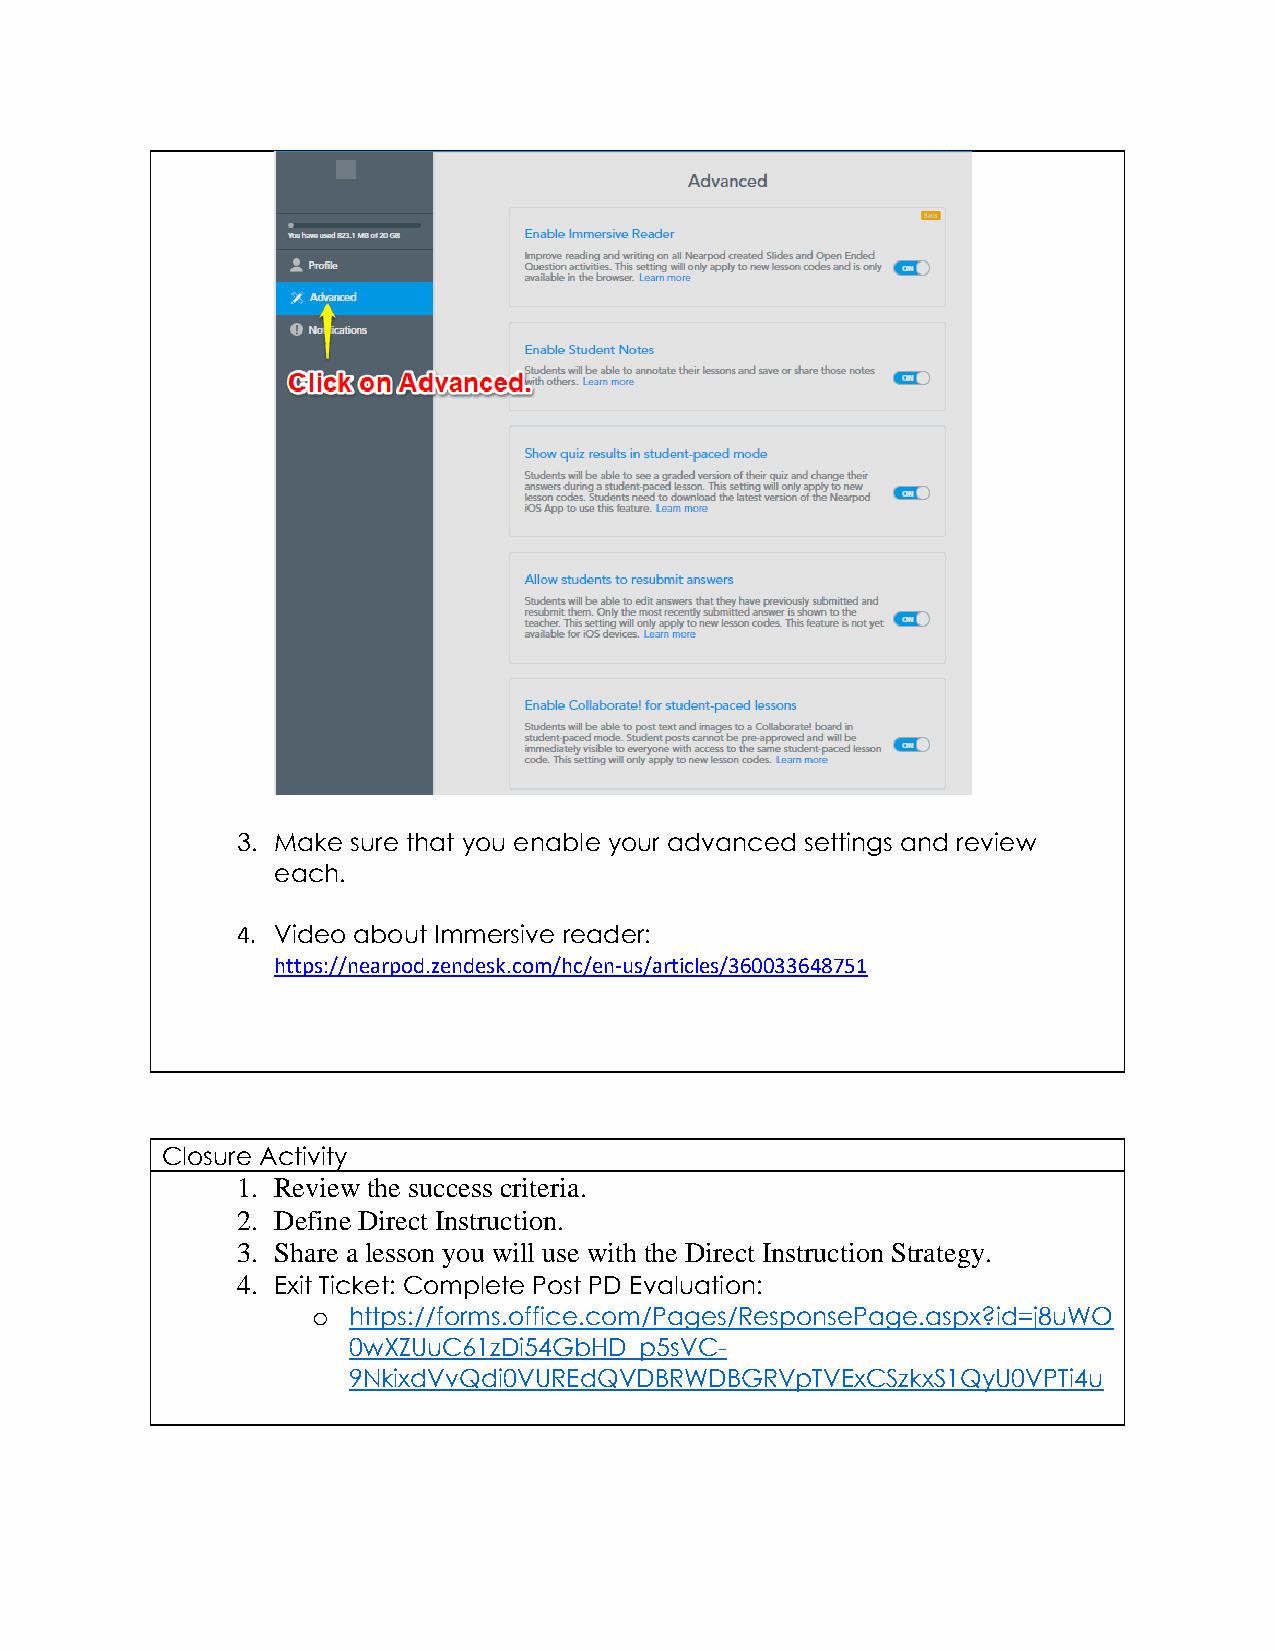
3. Make sure that you enable your advanced settings and review
 each.
 4. Video about Immersive reader:
 https://nearpod.zendesk.com/hc/en-us/articles/360033648751
 Closure Activity
 1. Review the success criteria.
 2. Define Direct Instruction.
 3. Share a lesson you will use with the Direct Instruction Strategy.
 4. Exit Ticket: Complete Post PD Evaluation:
 o https://forms.office.com/Pages/ResponsePage.aspx?id=j8uWO
 0wXZUuC61zDi54GbHD_p5sVC-
 9NkixdVvQdi0VUREdQVDBRWDBGRVpTVExCSzkxS1QyU0VPTi4u